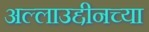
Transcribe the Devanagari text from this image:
अल्लाउद्दीनच्या